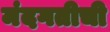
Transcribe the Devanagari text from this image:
मंदगतीची